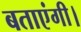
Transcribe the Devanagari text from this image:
बताएंगी।